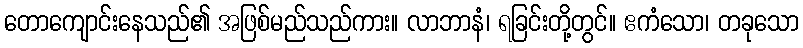
တောကျောင်းနေသည်၏ အဖြစ်မည်သည်ကား။ လာဘာနံ၊ ရခြင်းတို့တွင်။ ဧကံသော၊ တခုသော